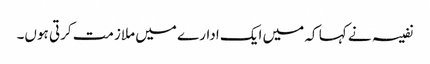
نفیسہ نے کہا کہ میں ایک ادارے میں ملازمت کرتی ہوں۔